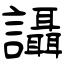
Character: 讘